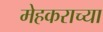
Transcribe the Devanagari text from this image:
मेहकराच्या